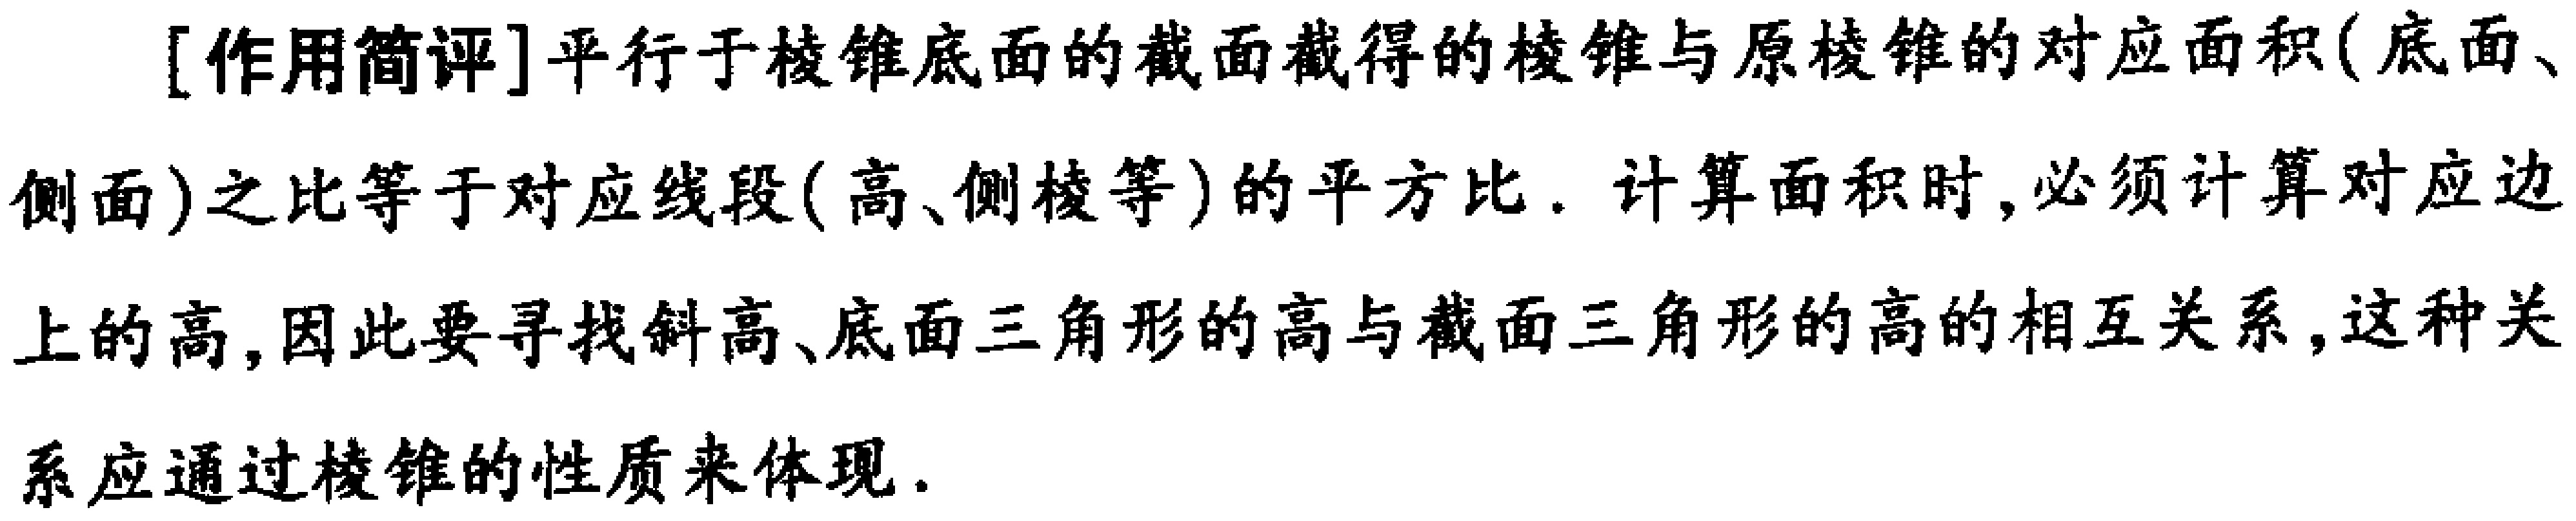
[作用简评]平行于棱锥底面的截面截得的棱锥与原棱锥的对应面积(底面、侧面)之比等于对应线段(高、侧棱等)的平方比. 计算面积时,必须计算对应边上的高,因此要寻找斜高、底面三角形的高与截面三角形的高的相互关系,这种关系应通过棱锥的性质来体现.